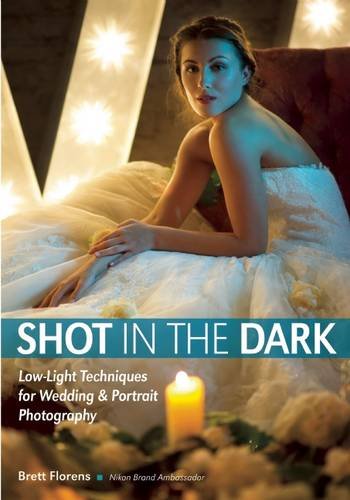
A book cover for Shot in the Dark: Low-Light Techniques for Wedding and Portrait Photography; Crafts, Hobbies & Home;